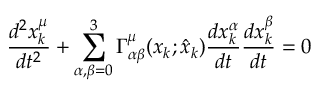
\frac { d ^ { 2 } x _ { k } ^ { \mu } } { d t ^ { 2 } } + \sum _ { \alpha , \beta = 0 } ^ { 3 } \Gamma _ { \alpha \beta } ^ { \mu } ( x _ { k } ; \hat { x } _ { k } ) \frac { d x _ { k } ^ { \alpha } } { d t } \frac { d x _ { k } ^ { \beta } } { d t } = 0